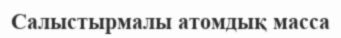
Салыстырмалы атомдық масса